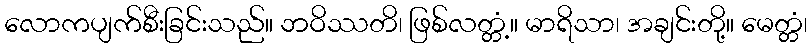
လောကပျက်စီးခြင်းသည်။ ဘဝိဿတိ၊ ဖြစ်လတ္တံ့။ မာရိသာ၊ အချင်းတို့။ မေတ္တံ၊